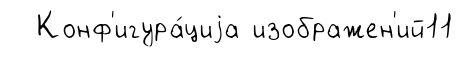
Конф'игура́циjа изображен'ий11